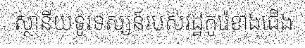
ស្ថានីយទូរទស្សន៍របស់រដ្ឋកូរ៉េខាងជើង